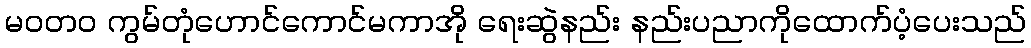
မဝတ၀ ကွမ်တုံဟောင်ကောင်မကာအို ရေးဆွဲနည်း နည်းပညာကိုထောက်ပံ့ပေးသည်